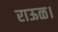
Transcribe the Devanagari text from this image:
राऊळ।